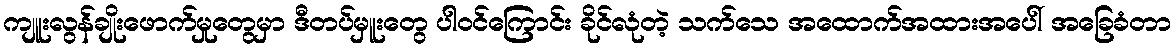
ကျူးလွန်ချိုးဖောက်မှုတွေမှာ ဒီတပ်မှူးတွေ ပါဝင်ကြောင်း ခိုင်လုံတဲ့ သက်သေ အထောက်အထားအပေါ် အခြေခံတာ